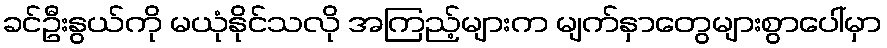
ခင်ဦးနွယ်ကို မယုံနိုင်သလို အကြည့်များက မျက်နှာတွေများစွာပေါ်မှာ